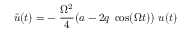
\ddot { u } ( t ) = - \; \frac { \Omega ^ { 2 } } { 4 } \big ( a - 2 q \; \cos ( \Omega t ) \big ) \ u ( t )